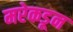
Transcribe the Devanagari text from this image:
मरेकडून